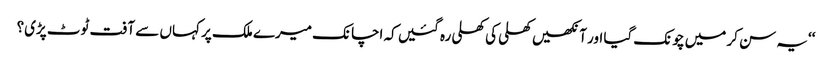
‘‘یہ سن کر میں چونک گیا اور آنکھیں کھلی کی کھلی رہ گئیں کہ اچانک میرے ملک پر کہاں سے آفت ٹوٹ پڑی؟